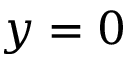
y = 0